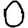
Digit: 0